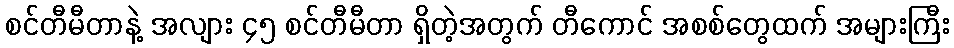
စင်တီမီတာနဲ့ အလျား ၄၅ စင်တီမီတာ ရှိတဲ့အတွက် တီကောင် အစစ်တွေထက် အများကြီး